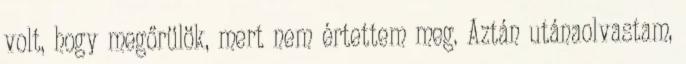
volt, hogy megőrülök, mert nem értettem meg. Aztán utánaolvastam,